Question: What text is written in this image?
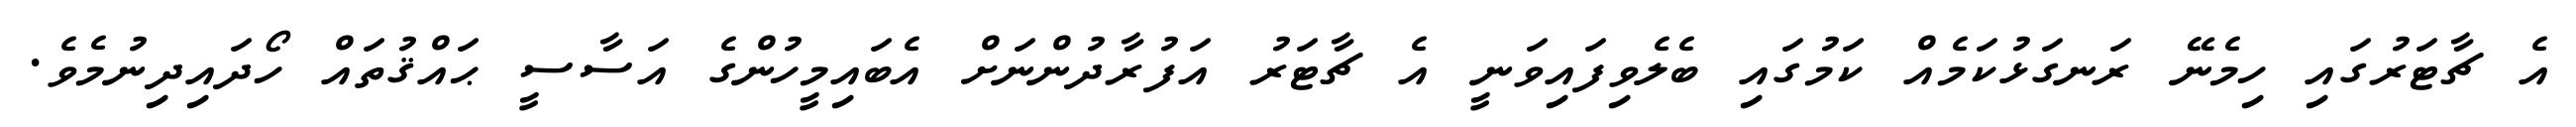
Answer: އެ ޗާޓަރުގައި ހިމެނޭ ރަނގަޅުކަމެއް ކަމުގައި ބެލެވިފައިވަނީ އެ ޗާޓަރު އަފުރާދުންނަށް އެބައިމީހުންގެ އަސާސީ ޙައްޤުތައް ހޯދައިދިނުމެވެ.